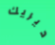
ديريك